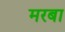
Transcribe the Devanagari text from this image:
मरबा